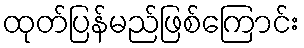
ထုတ်ပြန်မည်ဖြစ်ကြောင်း